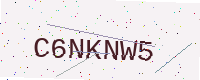
Text: C6NKNW5